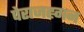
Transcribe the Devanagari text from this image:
पेराजह्गन